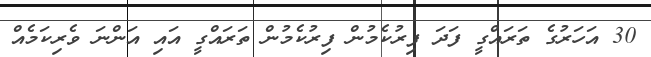
30 އަހަރުގެ ތަރައްގީ ފަދަ ފިރުކެމުން ފިރުކެމުން ތަރައްގީ އައި އަންނަ ވެރިކަމެއް